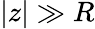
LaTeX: |z|\gg R